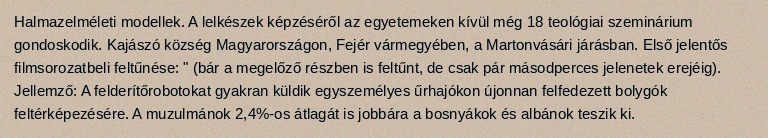
Halmazelméleti modellek. A lelkészek képzéséről az egyetemeken kívül még 18 teológiai szeminárium gondoskodik. Kajászó község Magyarországon, Fejér vármegyében, a Martonvásári járásban. Első jelentős filmsorozatbeli feltűnése: " (bár a megelőző részben is feltűnt, de csak pár másodperces jelenetek erejéig). Jellemző: A felderítőrobotokat gyakran küldik egyszemélyes űrhajókon újonnan felfedezett bolygók feltérképezésére. A muzulmánok 2,4%-os átlagát is jobbára a bosnyákok és albánok teszik ki.